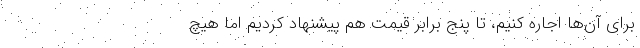
برای آن‌ها اجاره کنیم، تا پنج برابر قیمت هم پیشنهاد کردیم اما هیچ